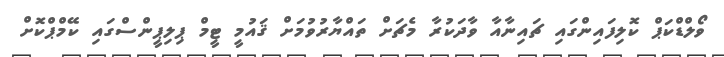
ވޯލްޑްކަޕް ކޮލިފައިންގައި ޗައިނާއާ ވާދަކުރާ މެޗަށް ތައްޔާރުވުމަށް ޤައުމީ ޓީމް ޕިލިޕީންސްގައި ކޭމްޕްކޮށް